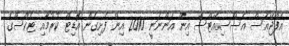
އެފްޖޭއެސް އެސޯސިއޭޓްސް އިން އަންނަނީ 2010 އިން ފެށިގެން އޮޑިޓް ކުރުމާއި ޓެކްސްގެ